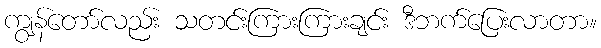
ကျွန်တော်လည်း သတင်းကြားကြားချင်း ဒီဘက်ပြေးလာတာ။